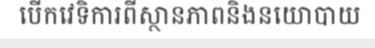
បើកវេទិការពីស្ថានភាពនិងនយោបាយ